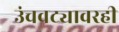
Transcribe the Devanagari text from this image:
उंचवट्यावरही